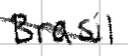
Text: Brasil
Cross-out: diagonal
Writing tool: digital_black